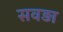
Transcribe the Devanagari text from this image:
सवड़ा